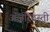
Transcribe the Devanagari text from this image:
अंजीरेदस्ती